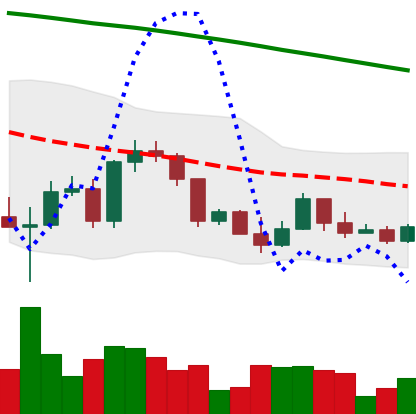
Ticker: ETH-USD
Chart end date: 2022-03-14
Forward return: 13.724%
Label: up_7plus